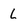
Character: L